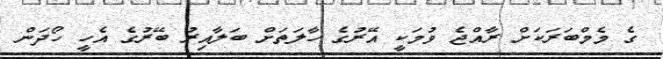
ގެ މެމްބަރަކަށް ރާއްޖެ ވުމަކީ އޭރުގެ ހާލަތަށް ބަލާއިރު ބޭރުގެ އެހީ ހޯދަން